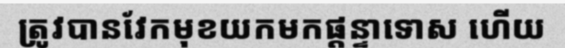
ត្រូវបានវែកមុខយកមកផ្តន្ទាទោស ហើយ